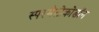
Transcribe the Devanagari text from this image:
स्परमैटोकोडॉन